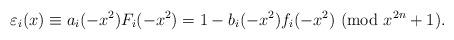
LaTeX: \begin{align*}\varepsilon_i(x)\equiv a_i(-x^{2})F_i(-x^{2})=1-b_i(-x^{2})f_i(-x^{2})\ ({\rm mod} \ x^{2n}+1).\end{align*}